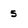
Character: 5